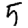
Digit: 5